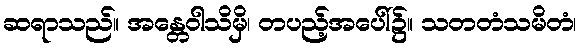
ဆရာသည်။ အန္တေဝါသိမှိ၊ တပည့်အပေါ်၌။ သတတံသမိတံ၊